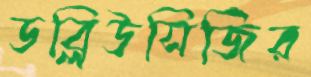
ডব্লিউসিজির